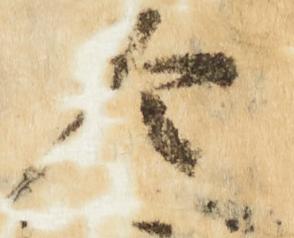
令